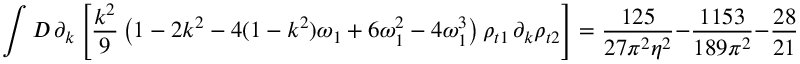
\int { \cal D } \, \partial _ { k } \left[ { \frac { k ^ { 2 } } 9 } \left( 1 - 2 k ^ { 2 } - 4 ( 1 - k ^ { 2 } ) \omega _ { 1 } + 6 \omega _ { 1 } ^ { 2 } - 4 \omega _ { 1 } ^ { 3 } \right) \rho _ { t 1 } \, \partial _ { k } \rho _ { t 2 } \right] = \frac { 1 2 5 } { 2 7 \pi ^ { 2 } \eta ^ { 2 } } - \frac { 1 1 5 3 } { 1 8 9 \pi ^ { 2 } } - \frac { 2 8 9 5 3 6 } { 2 1 8 7 \pi ^ { 4 } }